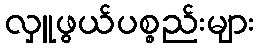
လှူဖွယ်ပစ္စည်းများ